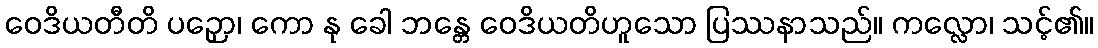
ဝေဒိယတီတိ ပဉှော၊ ကော နု ခေါ ဘန္တေ ဝေဒိယတိဟူသော ပြဿနာသည်။ ကလ္လော၊ သင့်၏။